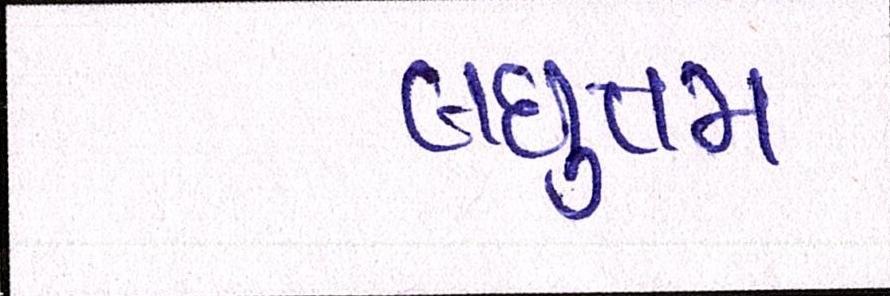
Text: લઘુત્તમ